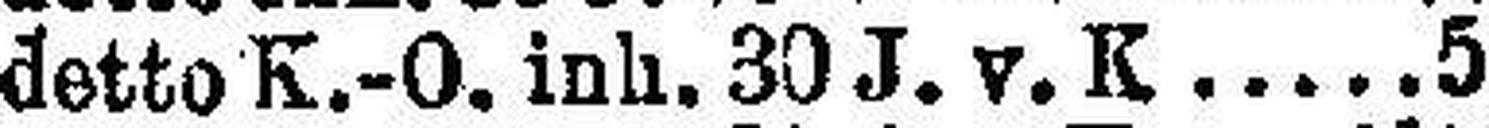
detto K.-O. inh. 30 J. v. K. 5